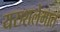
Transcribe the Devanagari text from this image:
यरुशलेमात